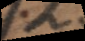
a